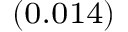
_ { ( 0 . 0 1 4 ) }